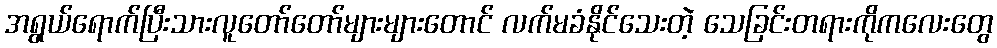
အရွယ်ရောက်ပြီးသားလူတော်တော်များများတောင် လက်မခံနိုင်သေးတဲ့ သေခြင်းတရားကိုကလေးတွေ